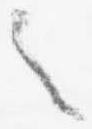
之